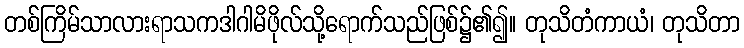
တစ်ကြိမ်သာလားရာသကဒါဂါမိဖိုလ်သို့ရောက်သည်ဖြစ်၌၏၍။ တုသိတံကာယံ၊ တုသိတာ